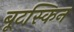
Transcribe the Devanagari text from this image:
बूटस्किन